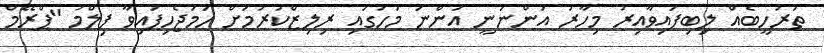
ތަރުހީބެއް ލިބިފައިވާއިރު މިހާރު އަންނަނީ އަންނަ މަހުގައި ރިލިޒްކުރުމަށް ހަމަޖެހިފައިވާ ފިލްމު "ޕްރޭމް